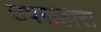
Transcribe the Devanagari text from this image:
उपसहारा